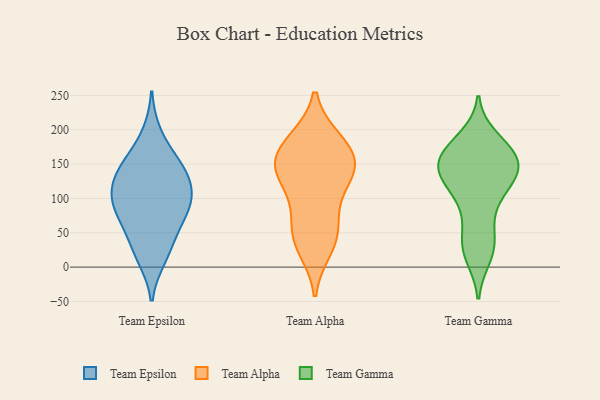
{"axis": {"x": "Waste Production (Tons)", "y": "Value"}, "legend": ["Team Alpha", "Team Epsilon", "Team Gamma"], "data": [{"x": "", "y": 194, "type": "Team Epsilon"}, {"x": "", "y": 73, "type": "Team Epsilon"}, {"x": "", "y": 99, "type": "Team Epsilon"}, {"x": "", "y": 19, "type": "Team Epsilon"}, {"x": "", "y": 139, "type": "Team Epsilon"}, {"x": "", "y": 155, "type": "Team Epsilon"}, {"x": "", "y": 106, "type": "Team Epsilon"}, {"x": "", "y": 86, "type": "Team Epsilon"}, {"x": "", "y": 59, "type": "Team Epsilon"}, {"x": "", "y": 43, "type": "Team Epsilon"}, {"x": "", "y": 133, "type": "Team Epsilon"}, {"x": "", "y": 152, "type": "Team Epsilon"}, {"x": "", "y": 13, "type": "Team Epsilon"}, {"x": "", "y": 131, "type": "Team Epsilon"}, {"x": "", "y": 103, "type": "Team Epsilon"}, {"x": "", "y": 91, "type": "Team Epsilon"}, {"x": "", "y": 133, "type": "Team Alpha"}, {"x": "", "y": 87, "type": "Team Alpha"}, {"x": "", "y": 184, "type": "Team Alpha"}, {"x": "", "y": 66, "type": "Team Alpha"}, {"x": "", "y": 178, "type": "Team Alpha"}, {"x": "", "y": 48, "type": "Team Alpha"}, {"x": "", "y": 125, "type": "Team Alpha"}, {"x": "", "y": 157, "type": "Team Alpha"}, {"x": "", "y": 27, "type": "Team Alpha"}, {"x": "", "y": 140, "type": "Team Alpha"}, {"x": "", "y": 37, "type": "Team Alpha"}, {"x": "", "y": 185, "type": "Team Alpha"}, {"x": "", "y": 145, "type": "Team Alpha"}, {"x": "", "y": 148, "type": "Team Alpha"}, {"x": "", "y": 155, "type": "Team Gamma"}, {"x": "", "y": 130, "type": "Team Gamma"}, {"x": "", "y": 171, "type": "Team Gamma"}, {"x": "", "y": 95, "type": "Team Gamma"}, {"x": "", "y": 188, "type": "Team Gamma"}, {"x": "", "y": 41, "type": "Team Gamma"}, {"x": "", "y": 151, "type": "Team Gamma"}, {"x": "", "y": 42, "type": "Team Gamma"}, {"x": "", "y": 148, "type": "Team Gamma"}, {"x": "", "y": 144, "type": "Team Gamma"}, {"x": "", "y": 174, "type": "Team Gamma"}, {"x": "", "y": 22, "type": "Team Gamma"}, {"x": "", "y": 15, "type": "Team Gamma"}, {"x": "", "y": 137, "type": "Team Gamma"}, {"x": "", "y": 170, "type": "Team Gamma"}, {"x": "", "y": 122, "type": "Team Gamma"}, {"x": "", "y": 124, "type": "Team Gamma"}, {"x": "", "y": 86, "type": "Team Gamma"}]}